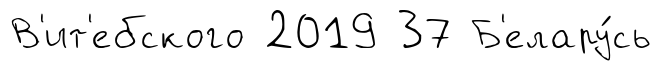
В'ит'ебского 2019 37 Б'елару́сь